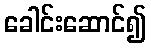
ခေါင်းဆောင်၍